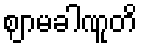
ဈာမခါဏူတိ